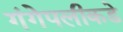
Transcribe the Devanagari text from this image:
गंगेपलीकडे